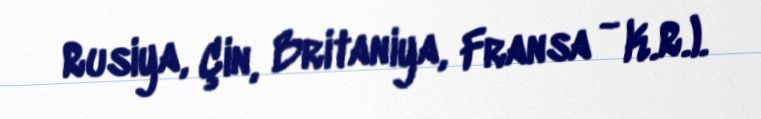
Rusiya, Çin, Britaniya, Fransa - K.R.).